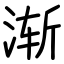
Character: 渐